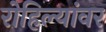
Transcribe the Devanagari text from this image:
रोहिल्यांवर